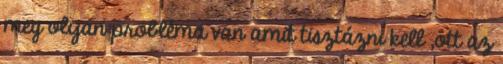
meg olyan probléma van amit tisztázni kell ,ott az